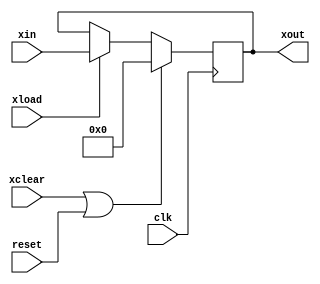
module register #(parameter WIDTH=8)
		(input clk,
		 input reset,
		 input xclear,
		 input xload,
		 input [WIDTH-1:0] xin,
		 output reg [WIDTH-1:0] xout);


always @ (posedge clk) begin
	if(xclear || reset)
		xout <= 0;
	else if(xload) begin
			xout <= xin;
	end
end

endmodule